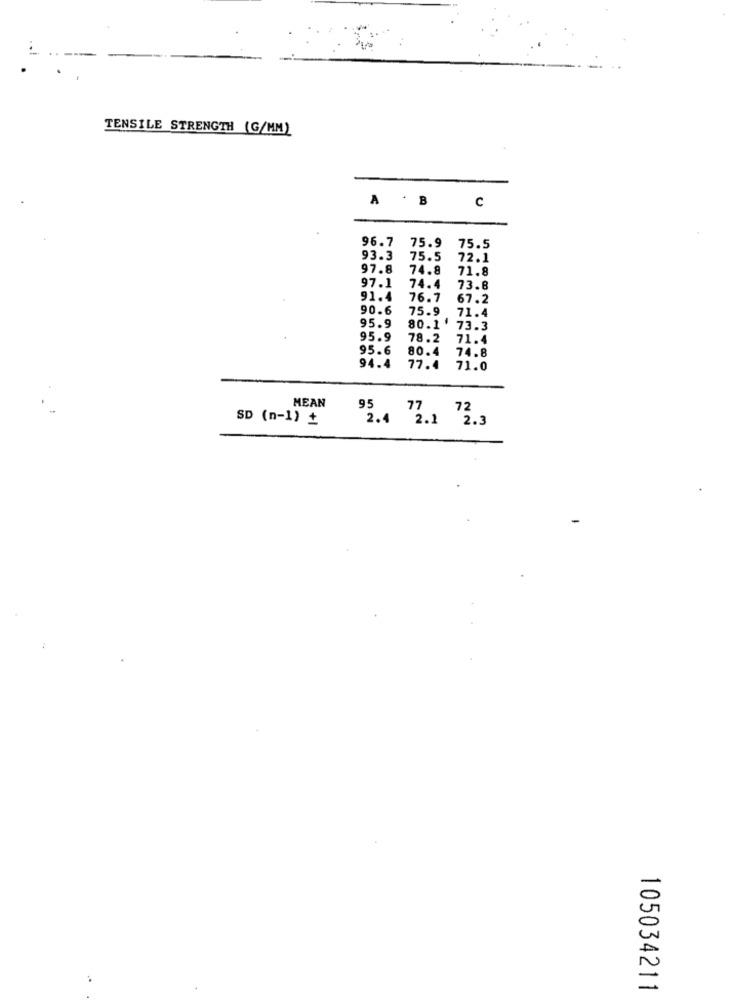
TENSILE STRENGTH (G/MM)
A . B
C
96.7 75.9
75.5
93.3
75.5
72.1
97.8
74.8
71.8
97.1
74.4
73.8
91.4
76.7
67.2
90.6
75.9
71.4
95.9
80.1'
73.3
95.9
78.2
71.4
95.6
80.4
74.8
94.4
77.4
71.0
MEAN
SD (n-1) +
72
2.4 2.1 2.3
105034211